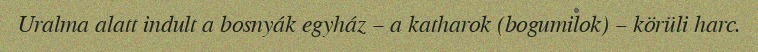
Uralma alatt indult a bosnyák egyház – a katharok (bogumilok) – körüli harc.